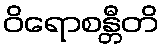
ဝိရောစန္တီတိ